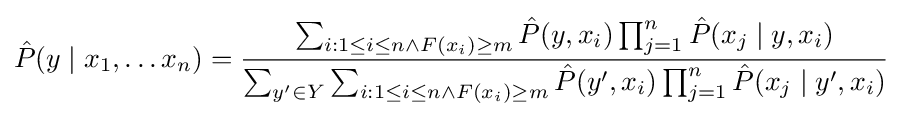
{\hat {P}}(y\mid x_{1},\ldots x_{n})={\frac {\sum _{i:1\leq i\leq n\wedge F(x_{i})\geq m}{\hat {P}}(y,x_{i})\prod _{j=1}^{n}{\hat {P}}(x_{j}\mid y,x_{i})}{\sum _{y^{\prime }\in Y}\sum _{i:1\leq i\leq n\wedge F(x_{i})\geq m}{\hat {P}}(y^{\prime },x_{i})\prod _{j=1}^{n}{\hat {P}}(x_{j}\mid y^{\prime },x_{i})}}